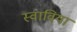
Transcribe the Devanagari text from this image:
स्वाविया